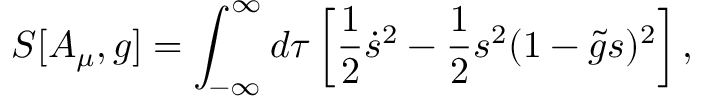
S [ A _ { \mu } , g ] = \int _ { - \infty } ^ { \infty } d \tau \left[ { \frac { 1 } { 2 } } \dot { s } ^ { 2 } - { \frac { 1 } { 2 } } s ^ { 2 } ( 1 - \tilde { g } s ) ^ { 2 } \right] ,